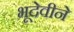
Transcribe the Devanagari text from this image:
भूदेवीने